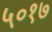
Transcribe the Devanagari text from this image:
५०१७